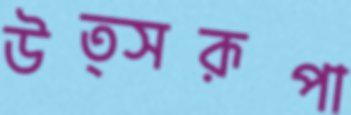
উত্সরূপা